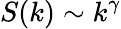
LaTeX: S(k)\sim k^{\gamma}